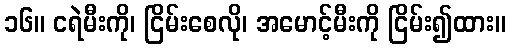
၁၆။ ငရဲမီးကို၊ ငြိမ်းစေလို၊ အမောင့်မီးကို ငြိမ်း၍ထား။